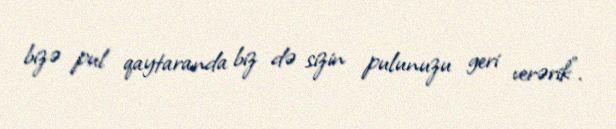
bizə pul qaytaranda biz də sizin pulunuzu geri verərik”.